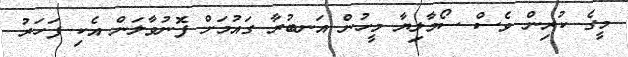
މީގެ ކުރިން ވެސް ސޯމާލިޔާ މީހުން އަނބުރާ ގައުމަށް ފޮނުވާލަން އެކި ފަހަރު